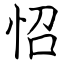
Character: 怊